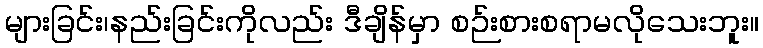
များခြင်း၊နည်းခြင်းကိုလည်း ဒီချိန်မှာ စဉ်းစားစရာမလိုသေးဘူး။